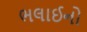
ભલાઈનો